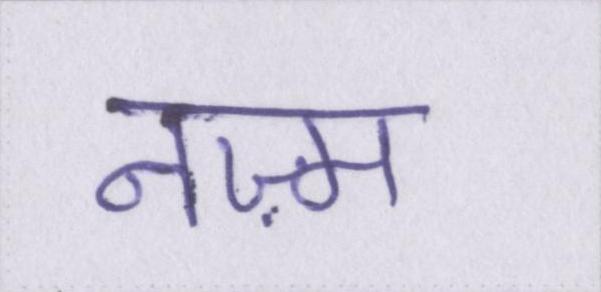
नज़्म